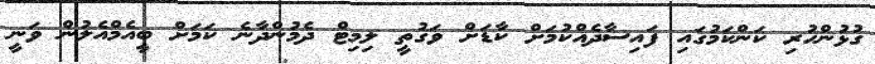
ގުޅުންހުރި ކަންކަމުގައި ފައިސާދެއްކުމަށް ކާޑަށް ވަގުތީ ލިމިޓް ދެމުންދާނެ ކަމަށް ބީއެމްއެލުން ވަނީ